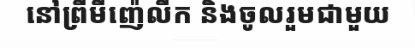
នៅព្រីមីញ៉េលីក និងចូលរួមជាមួយ